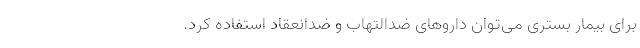
برای بیمار بستری می‌توان داروهای ضدالتهاب و ضدانعقاد استفاده کرد.